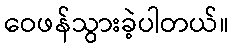
ဝေဖန်သွားခဲ့ပါတယ်။